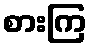
စားကြ